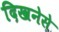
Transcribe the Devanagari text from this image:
दिखनेसे